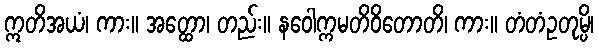
ဣတိအယံ၊ ကား။ အတ္ထော၊ တည်း။ နဝေါက္ကမတိဝိတောတိ၊ ကား။ တံတံဥတုမ္ပိ၊